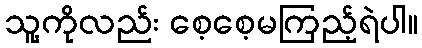
သူ့ကိုလည်း စေ့စေ့မကြည့်ရဲပါ။